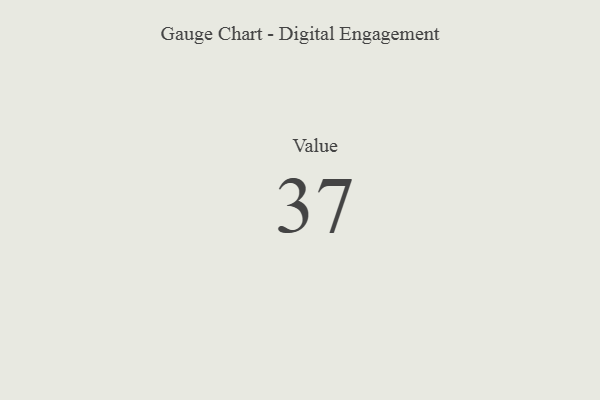
{"axis": {"x": "Metric", "y": "Value"}, "legend": [""], "data": [{"x": "Value", "y": 37, "type": ""}]}